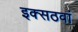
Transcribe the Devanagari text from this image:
इक्सठवां